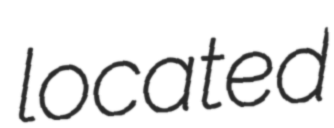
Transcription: located